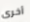
أخرى